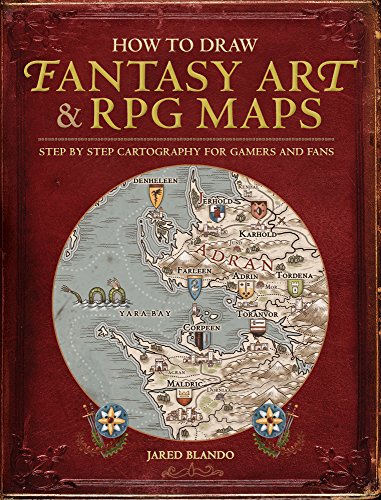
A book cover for How to Draw Fantasy Art and RPG Maps: Step by Step Cartography for Gamers and Fans; Jared Blando; Science Fiction & Fantasy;